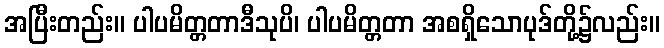
အပြီးတည်း။ ပါပမိတ္တတာဒီသုပိ၊ ပါပမိတ္တတာ အစရှိသောပုဒ်တို့၌လည်း။